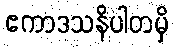
ဧကာဒသနိပါတမှိ